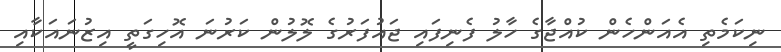
ނިކަމެތި އެއަންހެން ކުއްޖާގެ ހާލު ފެނިފައި ޖައުފަރުގެ ލޮލުން ކަރުނަ އޮހިގަތީ އިޒުނައަކާއި